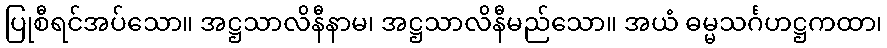
ပြုစီရင်အပ်သော။ အဋ္ဌသာလိနီနာမ၊ အဋ္ဌသာလိနီမည်သော။ အယံ ဓမ္မသင်္ဂဟဋ္ဌကထာ၊